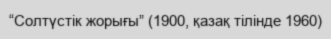
“Солтүстік жорығы” (1900, қазақ тілінде 1960)